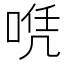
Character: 𠶉